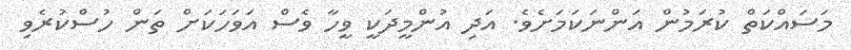
މަސައްކަތް ކުރަމުން އަންނަކަމަށެވެ. އަދި އުންމީދަކީ ވީހާ ވެސް އަވަހަކަށް ތަން ހުސްކުރެވި